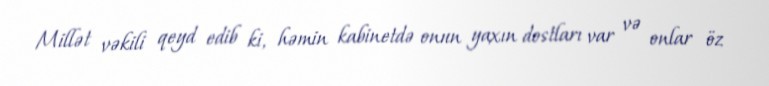
Millət vəkili qeyd edib ki, həmin kabinetdə onun yaxın dostları var və onlar öz